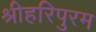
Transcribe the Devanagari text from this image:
श्रीहरिपुरम